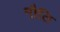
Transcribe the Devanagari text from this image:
गौति